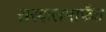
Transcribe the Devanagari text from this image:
सरदारामार्फत